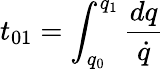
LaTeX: t_{01}=\int_{q_{0}}^{q_{1}}{\frac{dq}{\dot{q}}}